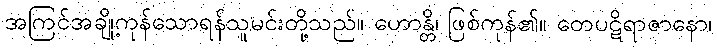
အကြင်အချို့ကုန်သောရန်သူမင်းတို့သည်။ ဟောန္တိ၊ ဖြစ်ကုန်၏။ တေပဋိရာဇာနော၊